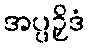
အပ္ပဉှိဒံ